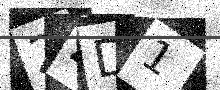
Text: 2ZD1